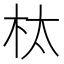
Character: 𮲬